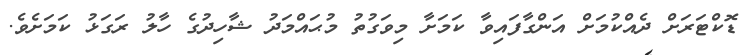
ޑޮކްޓަރަށް ދެއްކުމަށް އަންގާފައިވާ ކަމަށާ މިވަގުތު މުޙައްމަދު ޝާހިދުގެ ހާލު ރަގަޅު ކަމަށެވެ.